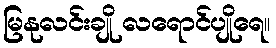
မြနုလင်းချို လရောင်ပျိုရေ။